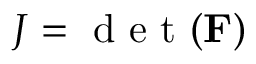
\begin{array} { r } { J = \mathrm { ~ d ~ e ~ t ~ } ( \mathbf { F } ) } \end{array}